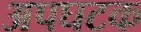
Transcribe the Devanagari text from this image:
अपघटक